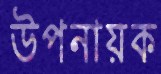
উপনায়ক